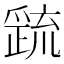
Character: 𭶷